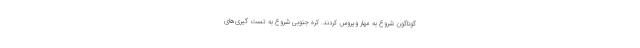
گوناگون شروع به مهار ویروس کردند. کره جنوبی شروع به تست گیری‌های